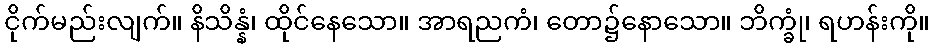
ငိုက်မည်းလျက်။ နိသိန္နံ၊ ထိုင်နေသော။ အာရညကံ၊ တော၌နောသော။ ဘိက္ခုံ၊ ရဟန်းကို။